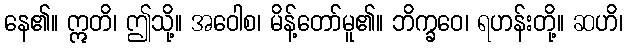
နေ၏။ ဣတိ၊ ဤသို့။ အဝေါစ၊ မိန့်တော်မူ၏။ ဘိက္ခဝေ၊ ရဟန်းတို့။ ဆဟိ၊